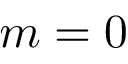
m = 0